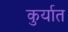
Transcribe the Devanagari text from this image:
कुर्यात